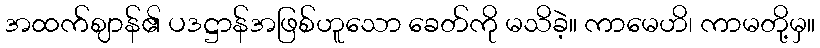
အထက်ဈာန်၏ ပဒဋ္ဌာန်အဖြစ်ဟူသော ခေတ်ကို မသိခဲ့။ ကာမေဟိ၊ ကာမတို့မှ။